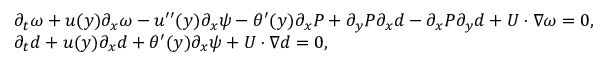
\begin{array} { r l } & { \partial _ { t } \omega + u ( y ) \partial _ { x } \omega - u ^ { \prime \prime } ( y ) \partial _ { x } \psi - \theta ^ { \prime } ( y ) \partial _ { x } P + \partial _ { y } P \partial _ { x } d - \partial _ { x } P \partial _ { y } d + U \cdot \nabla \omega = 0 , } \\ & { \partial _ { t } d + u ( y ) \partial _ { x } d + \theta ^ { \prime } ( y ) \partial _ { x } \psi + U \cdot \nabla d = 0 , } \end{array}